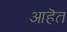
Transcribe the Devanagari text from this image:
आहॆत